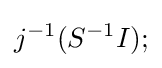
j^{-1}(S^{-1}I);